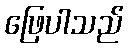
ဖြေပါသည်